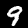
Label: 9